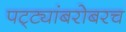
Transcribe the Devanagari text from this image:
पट्ट्यांबरोबरच